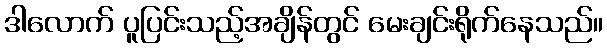
ဒါလောက် ပူပြင်းသည့်အချိန်တွင် မေးချင်းရိုက်နေသည်။